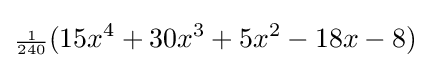
{\scriptstyle {\frac {1}{240}}}(15x^{4}+30x^{3}+5x^{2}-18x-8)